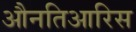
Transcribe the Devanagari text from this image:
औनतिआरिस